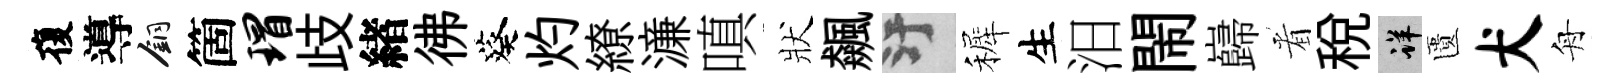
復導銅箇瑁歧緖彿葵灼繚濓嗔狀飆污裤生汨閙巋㸔税详匱犬舟